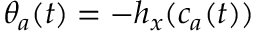
\theta _ { a } ( t ) = - h _ { x } ( c _ { a } ( t ) )